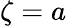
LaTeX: \zeta=a